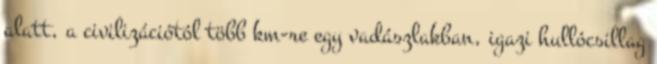
alatt, a civilizációtól több km-re egy vadászlakban, igazi hullócsillag